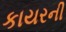
કાયરની